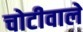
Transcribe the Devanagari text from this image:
चोटीवाले